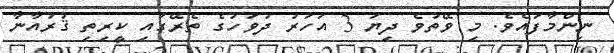
ނިންމާފައެވެ. މި ވޭތުވެ ދިޔަ 3 އަހަރު ދުވަހުގެ ތެރޭގައި ކީރިތި ޤުރުއާނާ